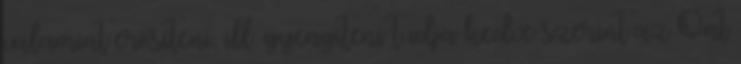
valamint erősíteni, ill. gyengíteni tudja kedve szerint az Önt